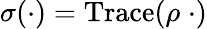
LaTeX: \sigma(\cdot)=\mathrm{Trace}(\rho\; \cdot)